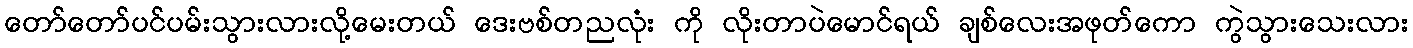
တော်တော်ပင်ပမ်းသွားလားလို့မေးတယ် ဒေးဗစ်တညလုံး ကို လိုးတာပဲမောင်ရယ် ချစ်လေးအဖုတ်ကော ကွဲသွားသေးလား